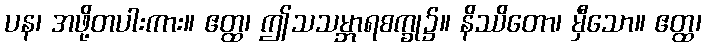
ပန၊ အဖို့တပါးကား။ ဧတ္ထ၊ ဤသသမ္ဘာရစက္ခု၌။ နိဿိတော၊ မှီသော။ ဧတ္ထ၊